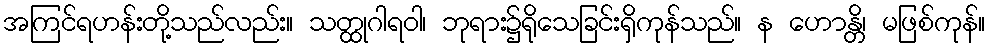
အကြင်ရဟန်းတို့သည်လည်း။ သတ္ထုဂါရဝါ၊ ဘုရား၌ရိုသေခြင်းရှိကုန်သည်။ န ဟောန္တိ၊ မဖြစ်ကုန်။